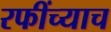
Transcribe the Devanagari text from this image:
रफींच्याच